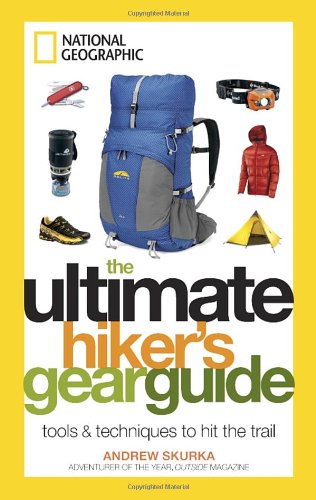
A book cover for The Ultimate Hiker's Gear Guide: Tools and Techniques to Hit the Trail; Andrew Skurka; Sports & Outdoors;